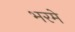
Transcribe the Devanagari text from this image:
भरमे